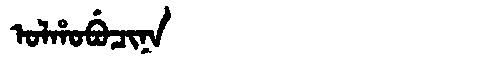
Manchu: ᠣᠯᡥᠣᠪᡠᠴᡳᠨᠠ
Romanization: OLHOBUCINA